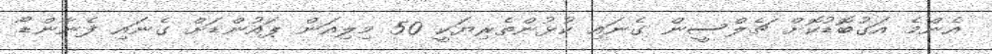
އެންމެ އަގުބޮޑުކޮށް ޗެލްސީން ގެނައި ކުޅުންތެރިޔަކީ 50 މިލިއަން ޕައުންޑަށް ގެނައި ފެނާންޑޯ